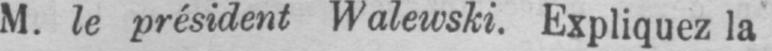
M. le président Walewski. Expliquez la